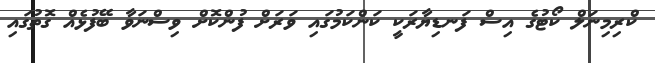
ކްރިމިނަލް ކޯޓުގެ އިސް ފަނޑިޔާރަކީ ކަންކަމުގައި ވަރަށް ފުންކޮށް ވިސްނަވާ ބޭފުޅެއް ގޮތުގައި